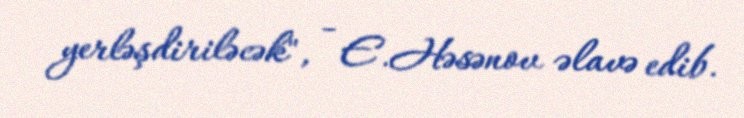
yerləşdiriləcək", - E.Həsənov əlavə edib.